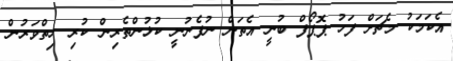
އެކަމަކު މެޗަށް ފަހު ޕޮޕޯފް ބުނީ އެތަން ނުފެނުނީ ކުޅުންތެރިން ކުރި ހިތްވަރުން